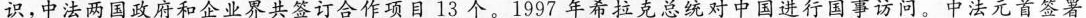
识，中法两国政府和企业界共签订合作项目13个。1997年希拉克总统对中国进行国事访问。中法元首签署